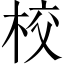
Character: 校